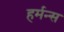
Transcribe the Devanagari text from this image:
हर्मन्स